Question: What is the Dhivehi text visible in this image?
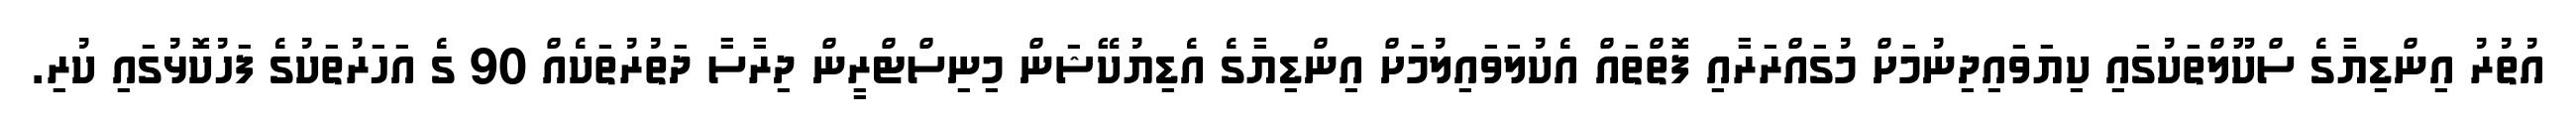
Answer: އުތުރު އިންޑިޔާގެ ސްކޫލްތަކުގައި ކިޔަވައިދިނުމަށް މުގައްރަރާއި ފޮތްތައް އެކުލަވައިލުމަށް އިންޑިޔާގެ އެޑިޔުކޭޝަން މިނިސްޓްރީން ދިރާސާ ދަތުރުތަކެއް 90 ގެ އަހަރުތަކުގެ ފަހުކޮޅުގައި ކުރި.